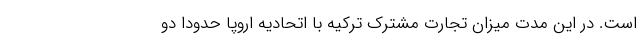
است. در این مدت میزان تجارت مشترک ترکیه با اتحادیه اروپا حدودا دو